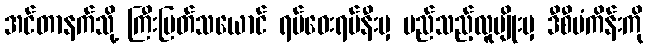
အင်တာနက်သို့ ကြီးမြတ်သယောင် ရပ်ဝေးရပ်နီးမှ မည်သည့်လူမျိုးမှ ဒီစီမံကိန်းကို